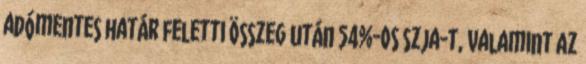
adómentes határ feletti összeg után 54%-os szja-t, valamint az